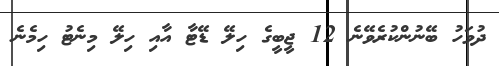
ދުވަހު ބޭނުންކުރެވޭނެ 12 ޖީބީގެ ހިލޭ ޑޭޓާ އާއި ހިލޭ މިނެޓު ހިމެނެ